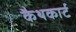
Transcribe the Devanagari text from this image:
कैथकार्ट